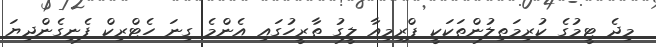
މިދެ ޓީމުގެ ކުރިމަތިލުންތަކަކީ ޕްރިމިއާ ލީގު ތާރީހުގައި އެންމެ ގިނަ ހެޓްރިކް ފެނިގެންދިޔަ